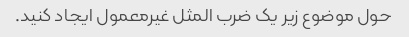
حول موضوع زیر یک ضرب المثل غیرمعمول ایجاد کنید.